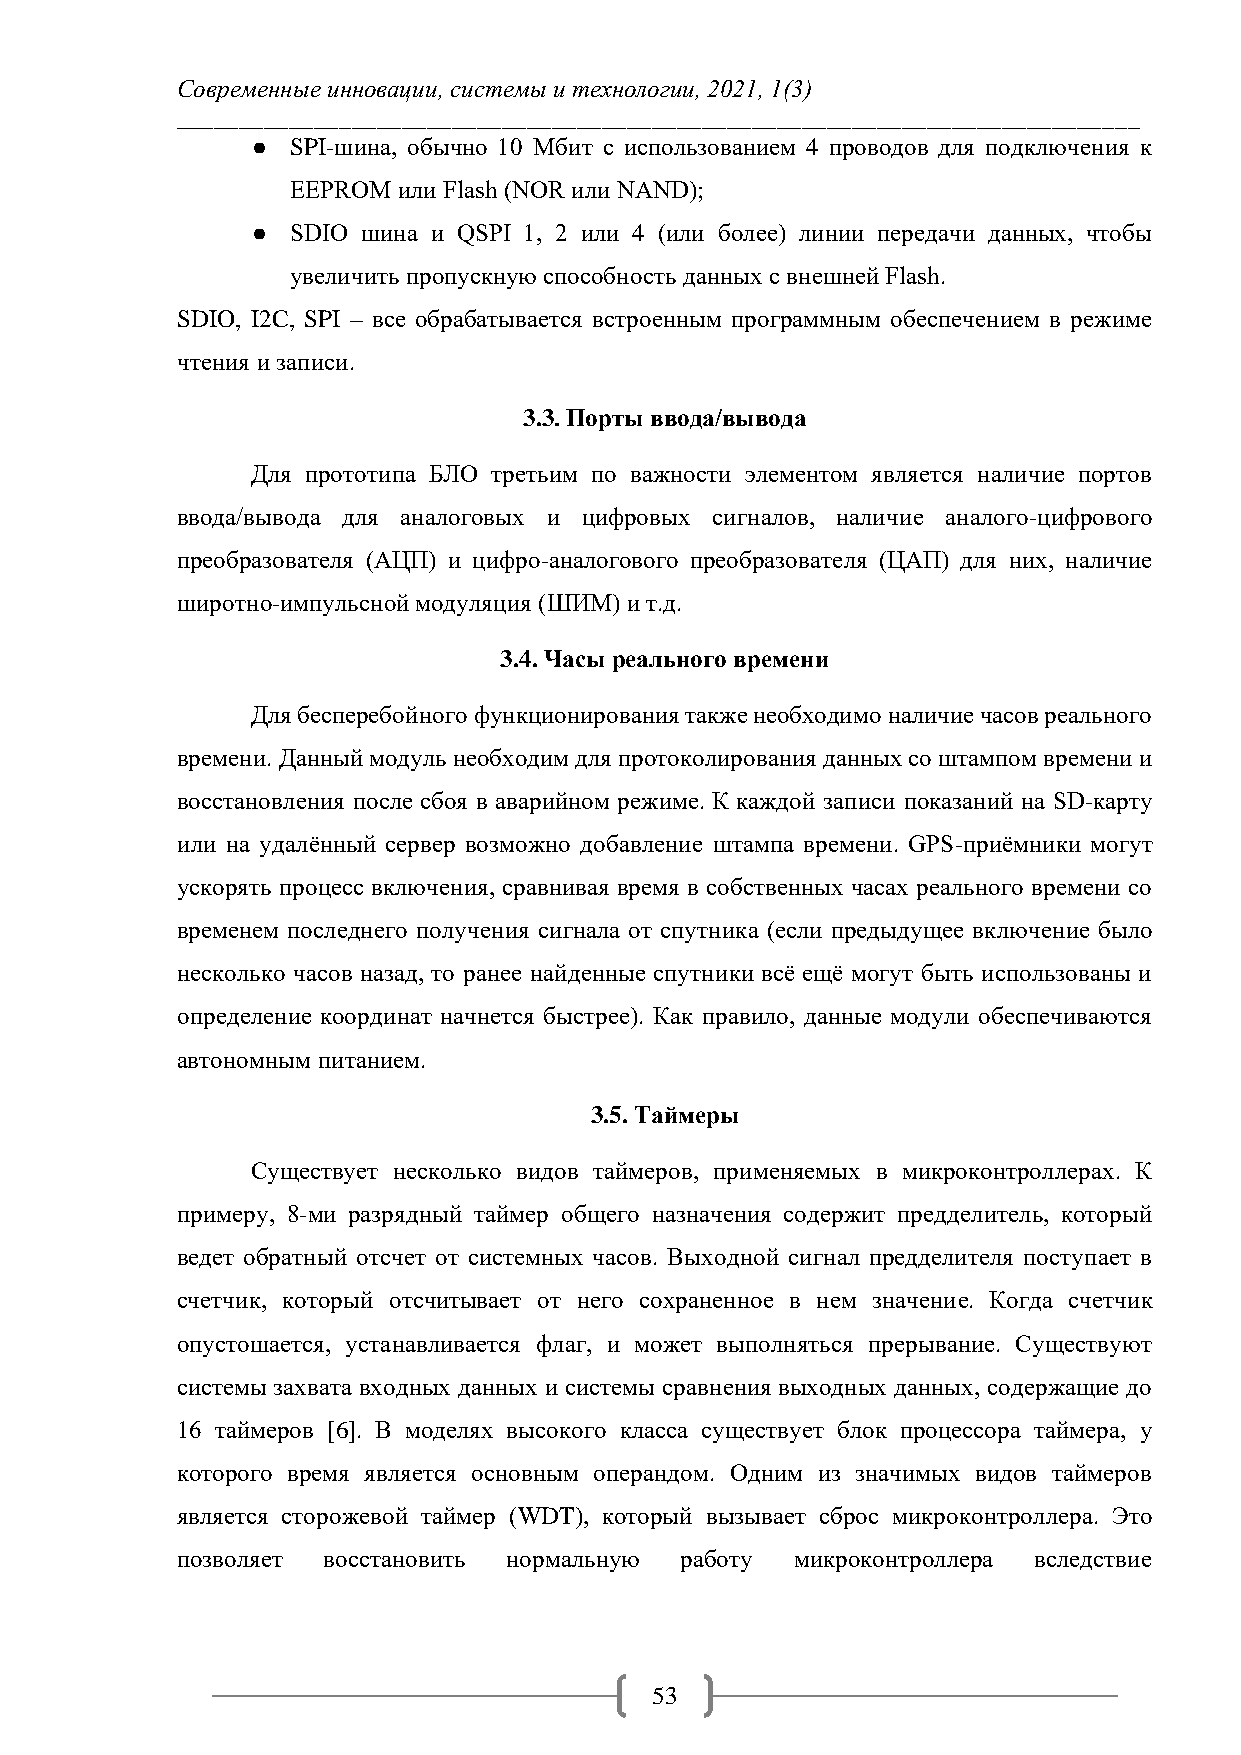
Современные инновации, системы и технологии, 2021, 1(3)
 _____________________________________________________________________________
 ● SPI-шина, обычно 10 Мбит с использованием 4 проводов для подключения к
 EEPROM или Flash (NOR или NAND);
 ● SDIO шина и QSPI 1, 2 или 4 (или более) линии передачи данных, чтобы
 увеличить пропускную способность данных с внешней Flash.
 SDIO, I2C, SPI – все обрабатывается встроенным программным обеспечением в режиме
 чтения и записи.
 3.3. Порты ввода/вывода
 Для прототипа БЛО третьим по важности элементом является наличие портов
 ввода/вывода для аналоговых и цифровых сигналов, наличие аналого-цифрового
 преобразователя (АЦП) и цифро-аналогового преобразователя (ЦАП) для них, наличие
 широтно-импульсной модуляция (ШИМ) и т.д.
 3.4. Часы реального времени
 Для бесперебойного функционирования также необходимо наличие часов реального
 времени. Данный модуль необходим для протоколирования данных со штампом времени и
 восстановления после сбоя в аварийном режиме. К каждой записи показаний на SD-карту
 или на удалённый сервер возможно добавление штампа времени. GPS-приёмники могут
 ускорять процесс включения, сравнивая время в собственных часах реального времени со
 временем последнего получения сигнала от спутника (если предыдущее включение было
 несколько часов назад, то ранее найденные спутники всё ещё могут быть использованы и
 определение координат начнется быстрее). Как правило, данные модули обеспечиваются
 автономным питанием.
 3.5. Таймеры
 Существует несколько видов таймеров, применяемых в микроконтроллерах. К
 примеру, 8-ми разрядный таймер общего назначения содержит предделитель, который
 ведет обратный отсчет от системных часов. Выходной сигнал предделителя поступает в
 счетчик, который отсчитывает от него сохраненное в нем значение. Когда счетчик
 опустошается, устанавливается флаг, и может выполняться прерывание. Существуют
 системы захвата входных данных и системы сравнения выходных данных, содержащие до
 16 таймеров [6]. В моделях высокого класса существует блок процессора таймера, у
 которого время является основным операндом. Одним из значимых видов таймеров
 является сторожевой таймер (WDT), который вызывает сброс микроконтроллера. Это
 позволяет восстановить нормальную работу микроконтроллера вследствие
 53